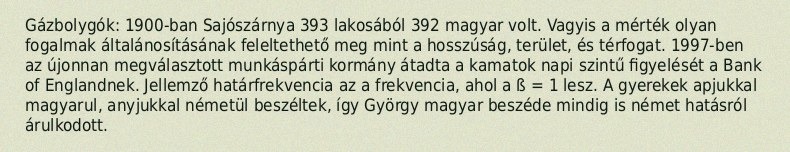
Gázbolygók: 1900-ban Sajószárnya 393 lakosából 392 magyar volt. Vagyis a mérték olyan fogalmak általánosításának feleltethető meg mint a hosszúság, terület, és térfogat. 1997-ben az újonnan megválasztott munkáspárti kormány átadta a kamatok napi szintű figyelését a Bank of Englandnek. Jellemző határfrekvencia az a frekvencia, ahol a ß = 1 lesz. A gyerekek apjukkal magyarul, anyjukkal németül beszéltek, így György magyar beszéde mindig is német hatásról árulkodott.